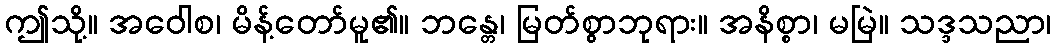
ဤသို့။ အဝေါစ၊ မိန့်တော်မူ၏။ ဘန္တေ၊ မြတ်စွာဘုရား။ အနိစ္စာ၊ မမြဲ။ သဒ္ဒသညာ၊